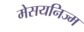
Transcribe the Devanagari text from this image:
मेसयनिज्म